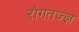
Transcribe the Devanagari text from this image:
रोगतज्ज्ञ